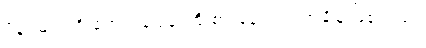
ဖိနပ်များကို ရောင်းချရန် ကြိုးစားနေသည့် အချိန် ဖြစ်သည်။